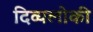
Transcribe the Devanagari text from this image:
दिव्यलोकी